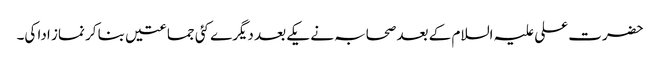
حضرت علی علیہ السلام کے بعد صحابہ نے یکے بعد دیگرے کئی جماعتیں بنا کر نماز ادا کی۔